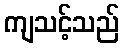
ကျသင့်သည်